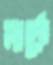
মার্কে